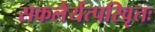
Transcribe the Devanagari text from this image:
सकलैर्यत्परिवृतः